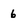
Character: 6